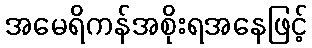
အမေရိကန်အစိုးရအနေဖြင့်